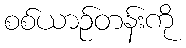
စစ်ယာဉ်တန်းကို